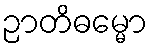
ဉာတိဓမ္မော